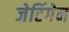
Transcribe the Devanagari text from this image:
जेटिंगेन